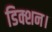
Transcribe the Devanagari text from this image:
डिक्शन।